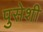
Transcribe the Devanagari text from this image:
पुसेशी